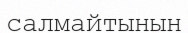
салмайтынын